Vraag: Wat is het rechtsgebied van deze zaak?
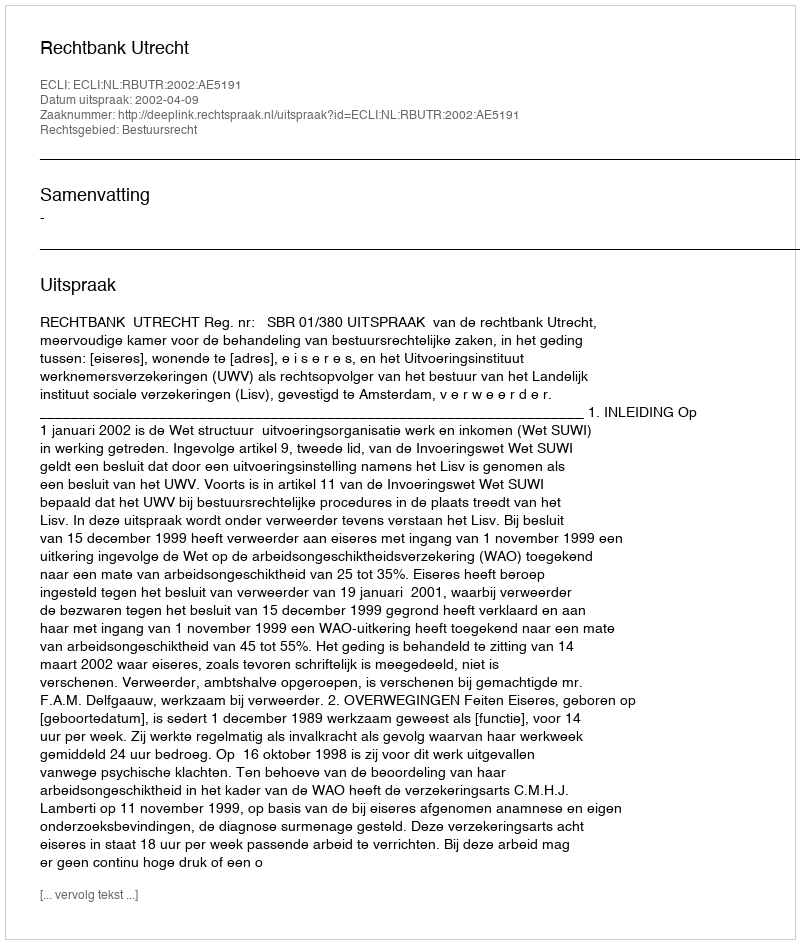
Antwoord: Bestuursrecht